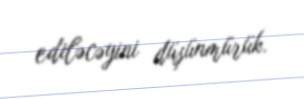
ediləcəyini düşünmürük.